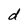
Character: d